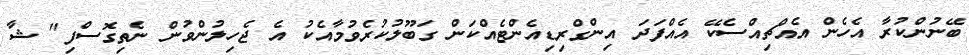
ބޭނުންކުރާ އެހެން އެއްޗިއްސެކޭ އެއްފަދަ އިންގްރިޑިއެންޓެއްކަން ގަބޫލުކުރެވުމާއެކު އެ ޖެހިލުންވުން ނެތިގޮސްފި" ޝާ